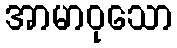
အာမာဝုသော